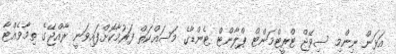
އަޅަން ނިންމި ސިވޭޖް ޓްރީޓްމަންޓް ޕްލާންޓް ޓެންޑާގެ މަސައްކަތް ފަރުމާކޮށްފައިވަނީ ރާއްޖޭގެ ތިމާވެއްޓާ